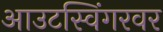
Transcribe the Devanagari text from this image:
आउटस्विंगरवर